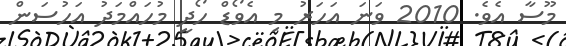
މޫސާ އެވެ. 2010 ވަނަ އަހަރު މި އެވޯޑް ހޯދީ މުހައްމަދު އަހުސަން